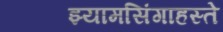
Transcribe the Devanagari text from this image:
झ्यामसिंगाहस्ते